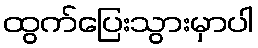
ထွက်ပြေးသွားမှာပါ